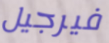
فيرجيل